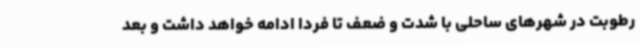
رطوبت در شهرهای ساحلی با شدت و ضعف تا فردا ادامه خواهد داشت و بعد